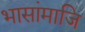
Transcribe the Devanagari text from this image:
भासांमाजि